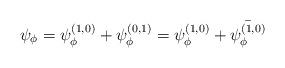
LaTeX: \begin{align*}\psi_{\phi}=\psi_{\phi}^{(1,0)}+\psi_{\phi}^{(0,1)}=\psi_{\phi}^{(1,0)}+\bar{\psi_{\phi}^{(1,0)}} \end{align*}